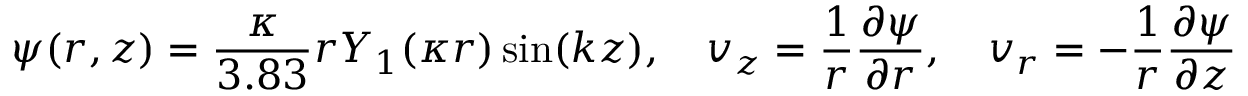
\psi ( r , z ) = \frac { \kappa } { 3 . 8 3 } r Y _ { 1 } ( \kappa r ) \sin ( k z ) , \quad v _ { z } = \frac { 1 } { r } \frac { \partial \psi } { \partial r } , \quad v _ { r } = - \frac { 1 } { r } \frac { \partial \psi } { \partial z }